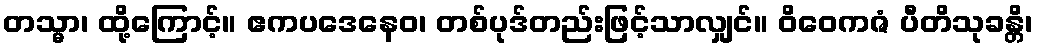
တသ္မာ၊ ထို့ကြောင့်။ ဧကပဒေနေဝ၊ တစ်ပုဒ်တည်းဖြင့်သာလျှင်။ ဝိဝေကဇံ ပီတိသုခန္တိ၊